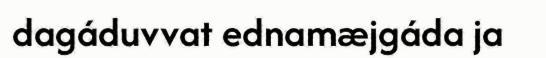
dagáduvvat ednamæjgáda ja